Lunatic asylums United Prov. 1922-30 - 1922-1930
Year: 1922
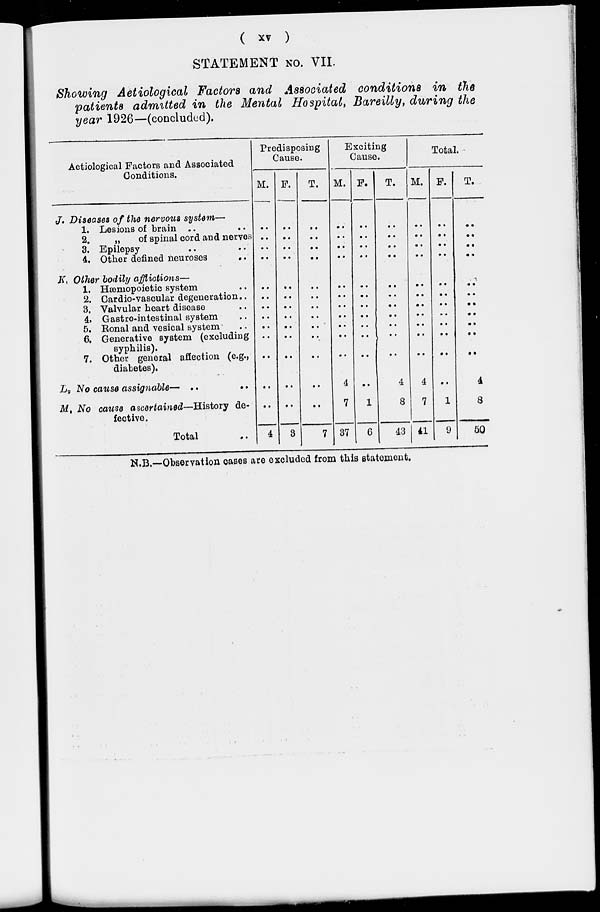
( xv )
STATEMENT NO. VII.
Showing Aetiological Factors and Associated conditions in the
patients admitted in the Mental Hospital, Bareilly, during the
year 1926—(concluded).
Aetiological Factors and Associated
Conditions.
J. Diseases of the nervous system—
1. Lesions of brain .. ..
2.
„
of spinal cord and nerves
3. Epilepsy .. ..
4. Other defined neuroses
..
K. Other bodily afflictions—
1. Hæmopoietic system ..
2. Cardio-vascular degeneration..
3. Valvular heart disease ..
4. Gastro-intestinal system ..
5. Ronal and vesical system ..
6. Generative system (excluding
syphilis).
7. Other general affection (e.g.,
diabetes).
L. No cause
assignable—
..
..
M. No cause ascertained—History de-
fective.
Total ..
Predisposing
Cause.
M.
..
..
..
..
..
..
..
..
..
..
..
..
..
4
F.
..
..
..
..
..
..
..
..
..
..
..
..
..
3
T.
..
..
..
..
..
..
..
..
..
..
..
..
..
7
Exciting
Cause.
M.
..
..
..
..
..
..
..
..
..
..
..
4
7
37
F.
..
..
..
..
..
..
..
..
..
..
..
..
1
6
T.
..
..
..
..
..
..
..
..
..
..
..
4
8
43
Total.
M.
..
..
..
..
..
..
..
..
..
..
..
4
7
41
F.
..
..
..
..
..
..
..
..
..
..
..
..
1
9
T.
..
..
..
..
..
..
..
..
..
..
..
4
8
50
N.B.—Observation cases are excluded from this statement.